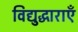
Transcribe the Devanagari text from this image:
विद्युद्धाराएँ